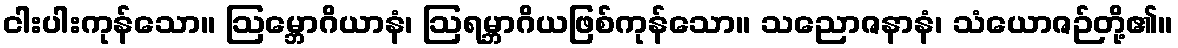
ငါးပါးကုန်သော။ ဩမ္ဘောဂိယာနံ၊ ဩရမ္ဘာဂိယဖြစ်ကုန်သော။ သညောဇနာနံ၊ သံယောဇဉ်တို့၏။